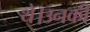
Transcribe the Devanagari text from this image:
थे।उनकी